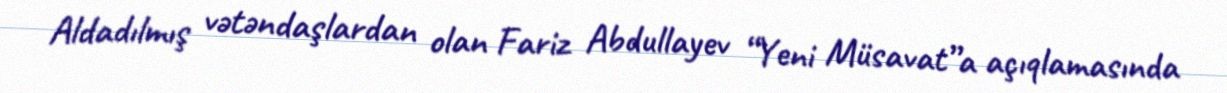
Aldadılmış vətəndaşlardan olan Fariz Abdullayev “Yeni Müsavat”a açıqlamasında